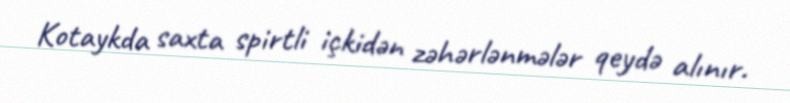
Kotaykda saxta spirtli içkidən zəhərlənmələr qeydə alınır.